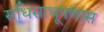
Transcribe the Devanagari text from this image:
संधिसाधूपणास